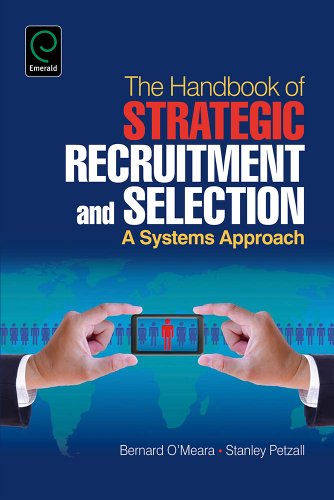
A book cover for The Handbook of Strategic Recruitment and Selection: A Systems Approach; Bernard O'Meara; Business & Money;